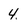
Character: 4